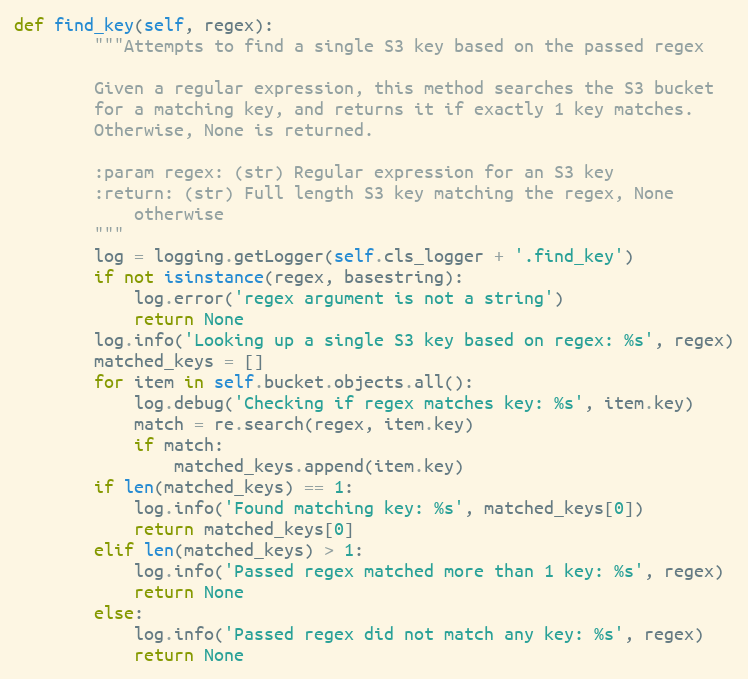
Language: Python
def find_key(self, regex):
        """Attempts to find a single S3 key based on the passed regex

        Given a regular expression, this method searches the S3 bucket
        for a matching key, and returns it if exactly 1 key matches.
        Otherwise, None is returned.

        :param regex: (str) Regular expression for an S3 key
        :return: (str) Full length S3 key matching the regex, None
            otherwise
        """
        log = logging.getLogger(self.cls_logger + '.find_key')
        if not isinstance(regex, basestring):
            log.error('regex argument is not a string')
            return None
        log.info('Looking up a single S3 key based on regex: %s', regex)
        matched_keys = []
        for item in self.bucket.objects.all():
            log.debug('Checking if regex matches key: %s', item.key)
            match = re.search(regex, item.key)
            if match:
                matched_keys.append(item.key)
        if len(matched_keys) == 1:
            log.info('Found matching key: %s', matched_keys[0])
            return matched_keys[0]
        elif len(matched_keys) > 1:
            log.info('Passed regex matched more than 1 key: %s', regex)
            return None
        else:
            log.info('Passed regex did not match any key: %s', regex)
            return None